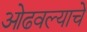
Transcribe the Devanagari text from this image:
ओढवल्याचे